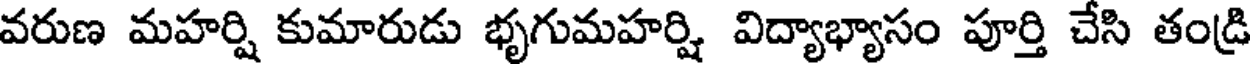
వరుణ మహర్షి కుమారుడు భృగుమహర్షి విద్యాభ్యాసం పూర్తి చేసి తండ్రి